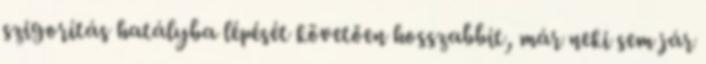
szigorítás hatályba lépését követően hosszabbít, már neki sem jár